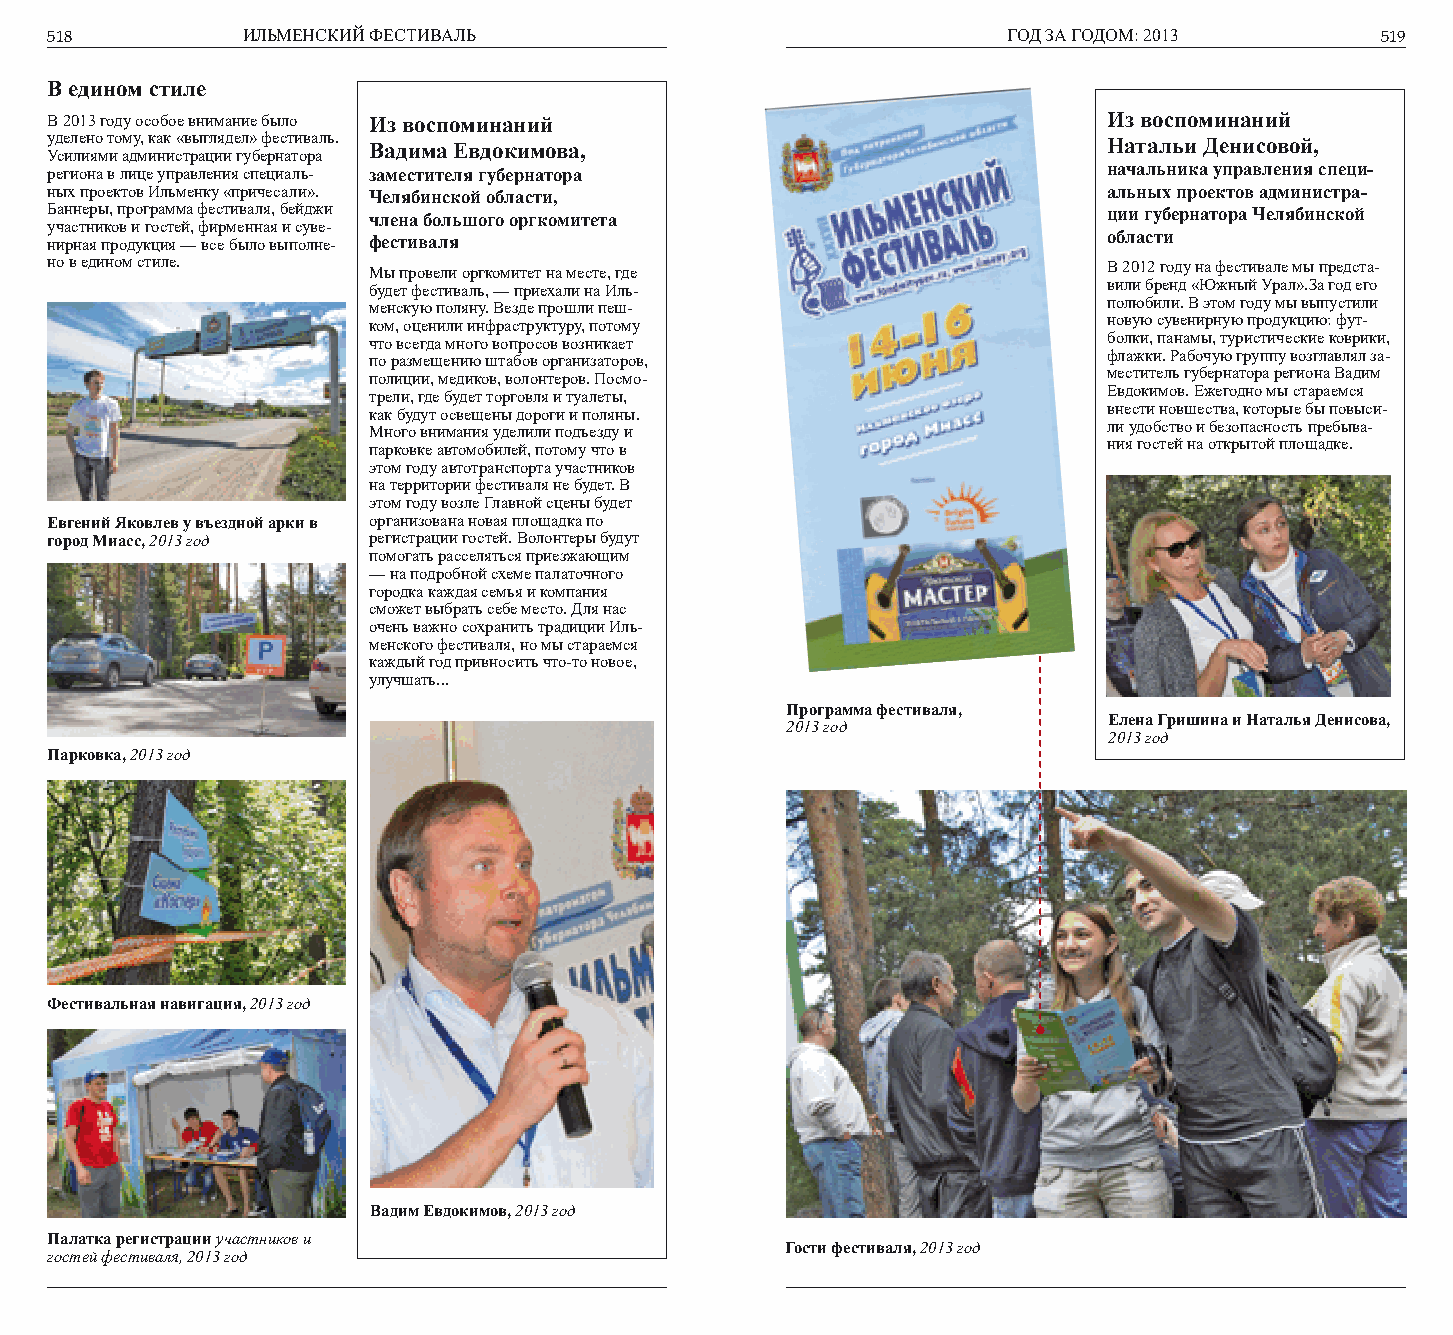
518          ИЛЬМЕНСКИЙ ФЕСТИВАЛЬ                               ГОД ЗА ГОДОМ: 2013      519
 В едином стиле
 В 2013 году особое внимание было Из воспоминаний                      Из воспоминаний
 уделено тому, как «выглядел» фестиваль. Вадима Евдокимова,            Натальи Денисовой,
 Усилиями администрации губернатора
 региона в лице управления специаль- заместителя губернатора           начальника управления специ-
 ных проектов Ильменку «причесали». Челябинской области,               альных проектов администра-
 Баннеры, программа фестиваля, бейджи члена большого оргкомитета       ции губернатора Челябинской
 участников и гостей, фирменная и суве-
 нирная продукция — все было выполне- фестиваля                        области
 но в едином стиле.   Мы провели оргкомитет на месте, где              В 2012 году на фестивале мы предста-
 будет фестиваль, — приехали на Иль-              вили бренд «Южный Урал».За год его
 менскую поляну. Везде прошли пеш-                полюбили. В этом году мы выпустили
 ком, оценили инфраструктуру, потому              новую сувенирную продукцию: фут-
 что всегда много вопросов возникает              болки, панамы, туристические коврики,
 по размещению штабов организаторов,              флажки. Рабочую группу возглавлял за-
 полиции, медиков, волонтеров. Посмо-             меститель губернатора региона Вадим
 трели, где будет торговля и туалеты,             Евдокимов. Ежегодно мы стараемся
 как будут освещены дороги и поляны.              внести новшества, которые бы повыси-
 Много внимания уделили подъезду и                ли удобство и безопасность пребыва-
 парковке автомобилей, потому что в               ния гостей на открытой площадке.
 этом году автотранспорта участников
 на территории фестиваля не будет. В
 этом году возле Главной сцены будет
 Евгений Яковлев у въездной арки в организована новая площадка по
 город Миасс, 2013 год регистрации гостей. Волонтеры будут
 помогать расселяться приезжающим
 — на подробной схеме палаточного
 городка каждая семья и компания
 сможет выбрать себе место. Для нас
 очень важно сохранить традиции Иль-
 менского фестиваля, но мы стараемся
 каждый год привносить что-то новое,
 улучшать...
 Программа фестиваля,
 Елена Гришина и Наталья Денисова,
 2013 год
 2013 год
 Парковка, 2013 год
 Фестивальная навигация, 2013 год
 Вадим Евдокимов, 2013 год
 Палатка регистрации участников и
 Гости фестиваля, 2013 год
 гостей фестиваля, 2013 год